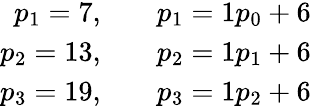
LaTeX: \begin{array}{rl}{p_{1}=7,}&{{}{}\quad p_{1}=1p_{0}+6}\\ {p_{2}=13,}&{{}{}\quad p_{2}=1p_{1}+6}\\ {p_{3}=19,}&{{}{}\quad p_{3}=1p_{2}+6}\end{array}